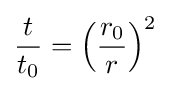
{\frac {t}{t_{0}}}=\left({\frac {r_{0}}{r}}\right)^{2}